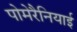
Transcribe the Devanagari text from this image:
पोमेरैनियाई